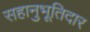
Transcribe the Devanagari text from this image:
सहानुभूतिदार